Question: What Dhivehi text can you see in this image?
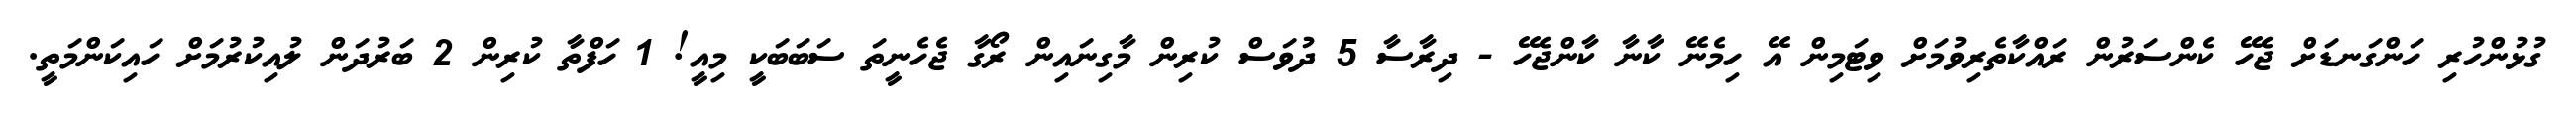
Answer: ގުޅުންހުރި ހަންގަނޑަށް ޖެހޭ ކެންސަރުން ރައްކާތެރިވުމަށް ވިޓަމިން އޭ ހިމެނޭ ކާނާ ކާންޖެހޭ - ދިރާސާ 5 ދުވަސް ކުރިން މާގިނައިން ރޯގާ ޖެހެނީތަ ސަބަބަކީ މިއީ! 1 ހަފްތާ ކުރިން 2 ބަރުދަން ލުއިކުރުމަށް ހައިކަންމަތީ.